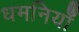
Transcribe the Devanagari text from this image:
धमनियोँ